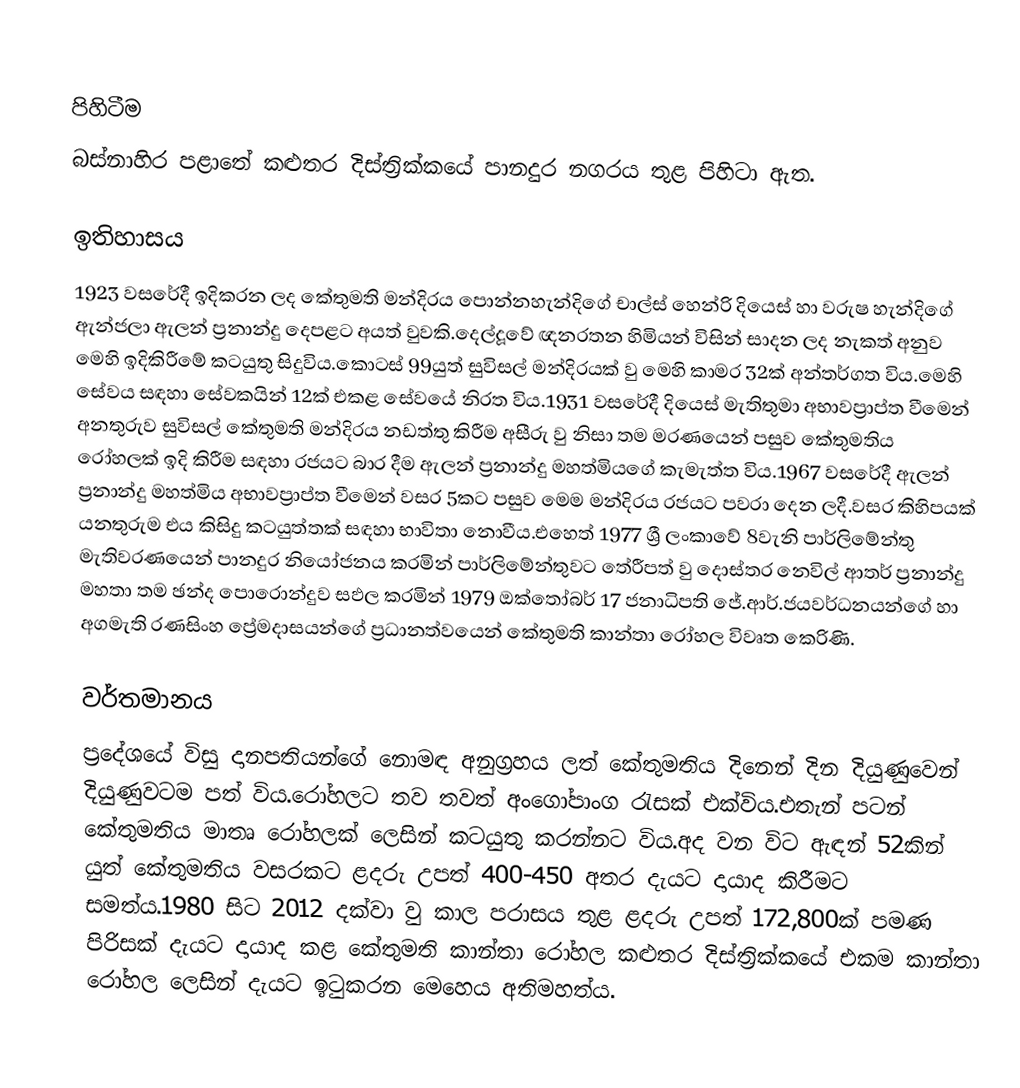

පිහිටීම
බස්නාහිර පළාතේ කළුතර දිස්ත්‍රික්කයේ පානදුර නගරය තුළ පිහිටා ඇත.

ඉතිහාසය
1923 වසරේදී ඉදිකරන ලද කේතුමති මන්දිරය පොන්නහැන්දිගේ චාල්ස් හෙන්රි දියෙස් හා වරුෂ හැන්දිගේ ඇන්ජලා ඇලන් ප්‍රනාන්දු දෙපළට අයත් වුවකි.දෙල්දූ‍වේ ඥනරතන හිමියන් විසින් සාදන ලද නැකත් අනුව මෙහි ඉදිකිරීමේ කටයුතු සිදුවිය.කොටස් 99යුත් සුවිසල් මන්දිරයක් වු මෙහි කාමර 32ක් අන්තර්ගත විය.මෙහි සේවය සඳහා සේවකයින් 12ක් එකළ සේවයේ නිරත විය.1931 වසරේදී දියෙස් මැතිතුමා අභාවප්‍රාප්ත වීමෙන් අනතුරුව සුවිසල් කේතුමති මන්දිරය නඩත්තු කිරීම අසීරු වු නිසා තම මරණයෙන් පසුව කේතුමතිය රෝහලක් ඉදි කිරීම සඳහා රජයට බාර දීම ඇලන් ප්‍රනාන්දු මහත්මියගේ කැමැත්ත විය.1967 වසරේදී ඇලන් ප්‍රනාන්දු මහත්මිය අභාවප්‍රාප්ත වීමෙන්  වසර 5කට පසුව මෙම මන්දිරය රජයට පවරා දෙන ලදී.වසර කිහිපයක් යනතුරුම එය කිසිදු කටයුත්තක් සඳහා භාවිතා නොවීය.එහෙත් 1977 ශ්‍රී ලංකාවේ 8වැනි පාර්ලිමේන්තු මැතිවරණයෙන් පානදුර නියෝජනය කරමින් පාර්ලිමේන්තුවට තේරීපත් වු දොස්තර නෙවිල් ආතර් ප්‍රනාන්දු  මහතා තම ඡන්ද පොරොන්දුව සඵල කරමින් 1979 ඔක්තෝබර් 17 ජනාධිපති ජේ.ආර්.ජයවර්ධනයන්ගේ හා අගමැති රණසිංහ ප්‍රේමදාසයන්ගේ ප්‍රධානත්වයෙන් කේතුමති කාන්තා රෝහල විවෘත කෙරිණි.

වර්තමානය
ප්‍රදේශයේ විසු දානපතියන්ගේ නොමඳ අනුග්‍රහය ලත් කේතුමතිය දිනෙන් දින දියුණුවෙන් දියුණුවටම පත් විය.රෝහලට තව තවත් අංගෝපාංග රැසක් එක්විය.එතැන් පටන් කේතුමතිය මාතෘ රෝහලක් ලෙසින් කටයුතු කරන්නට විය.අද වන විට ඇඳන් 52කින් යුත් කේතුමතිය වසරකට ළදරු උපත් 400-450 අතර දැයට දායාද කිරීමට සමත්ය.1980 සිට 2012 දක්වා වු කාල පරාසය තුළ ළදරු උපත් 172,800ක් පමණ පිරිසක් දැයට දායාද කළ ‍කේතුමති කාන්තා රෝහල කළුතර දිස්ත්‍රික්කයේ  එකම කාන්තා රෝහල ලෙසින් දැයට ඉටුකරන මෙහෙය අතිමහත්ය.